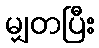
မျှတပြီး